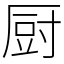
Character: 厨